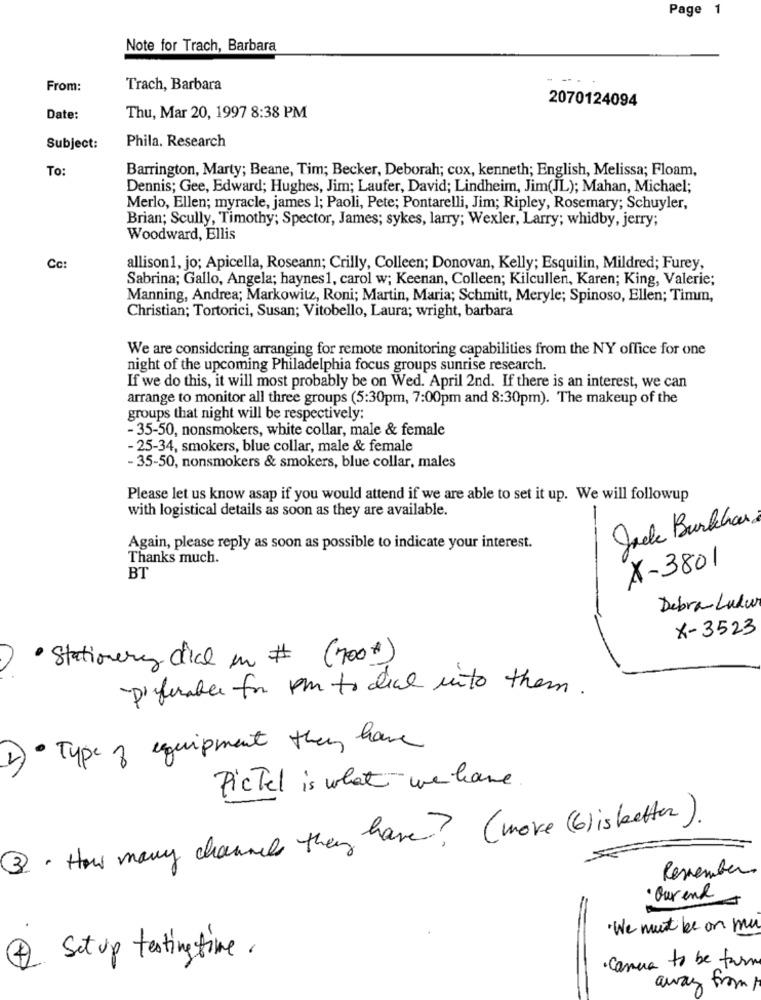
Page 1
Note for Trach, Barbara
- -- -
From:
Trach, Barbara
2070124094
Date:
Thu, Mar 20, 1997 8:38 PM
Phila. Research
Subject:
To:
Barrington, Marty; Beane, Tim; Becker, Deborah; cox, kenneth; English, Melissa; Floam,
Dennis; Gee, Edward; Hughes, Jim; Laufer, David; Lindheim, Jim(JL); Mahan, Michael;
Merlo, Ellen; myracle, james 1; Paoli, Pete; Pontarelli, Jim; Ripley, Rosemary; Schuyler,
Brian; Scully, Timothy; Spector, James; sykes, larry; Wexler, Larry; whidby, jerry;
Woodward, Ellis
Cc:
allison1, jo; Apicella, Roseann; Crilly, Colleen; Donovan, Kelly; Esquilin, Mildred; Furey,
Sabrina; Gallo, Angela; haynes1, carol w; Keenan, Colleen; Kilcullen, Karen; King, Valerie;
Manning, Andrea; Markowitz, Roni; Martin, Maria; Schmitt, Meryle; Spinoso, Ellen; Timm,
Christian; Tortorici, Susan; Vitobello, Laura; wright, barbara
We are considering arranging for remote monitoring capabilities from the NY office for one
night of the upcoming Philadelphia focus groups sunrise research.
If we do this, it will most probably be on Wed. April 2nd. If there is an interest, we can
arrange to monitor all three groups (5:30pm, 7:00pm and 8:30pm). The makeup of the
groups that night will be respectively:
- 35-50, nonsmokers, white collar, male & female
- 25-34, smokers, blue collar, male & female
- 35-50, nonsmokers & smokers, blue collar, males
Please let us know asap if you would attend if we are able to set it up. We will followup
with logistical details as soon as they are available.
-
Jacke Burkhar.
Again, please reply as soon as possible to indicate your interest.
Thanks much.
X-3801
BT
Debra Ludur
X-3523
· Stationery dice in # (700*)
Preferable for pm to dial into them.
1)· Type of equipment they have
PicTel is what we have
3 . How many channels they have? ( more ( 6 ) is better ) .
Remember
· Ourend
. We must be on mu
1 Set up testing time.
· Camera to be farm
away from